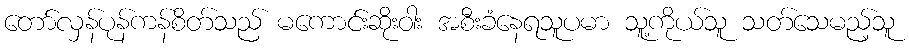
တော်လှန်ပုန်ကန်စိတ်သည် မကောင်းဆိုးဝါး အစီးခံနေရသူပမာ သူ့ကိုယ်သူ သတ်သေမည့်သူ